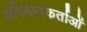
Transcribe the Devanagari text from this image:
अभियानकर्ताओं